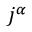
~ j ^ { \alpha }